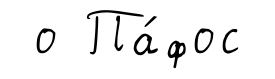
о Па́фос